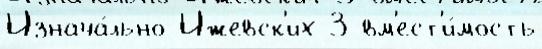
Изнача́льно Ижевск'их 3 вм'ест'и́мость